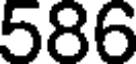
586